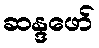
ဆန္ဒဖော်